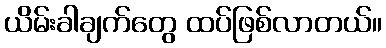
ယိမ်းခါချက်တွေ ထပ်ဖြစ်လာတယ်။